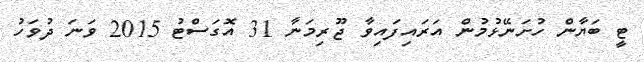
ޓީ ބަޔާން ހުށަނޭޅުމުން އަރައިފައިވާ ޖޫރިމަނާ 31 އޮގަސްޓު 2015 ވަނަ ދުވަހު